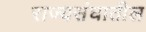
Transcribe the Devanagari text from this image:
राज्यसंघातील